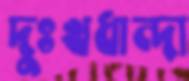
দুঃখধান্দা